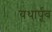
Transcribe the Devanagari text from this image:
यथार्पूव